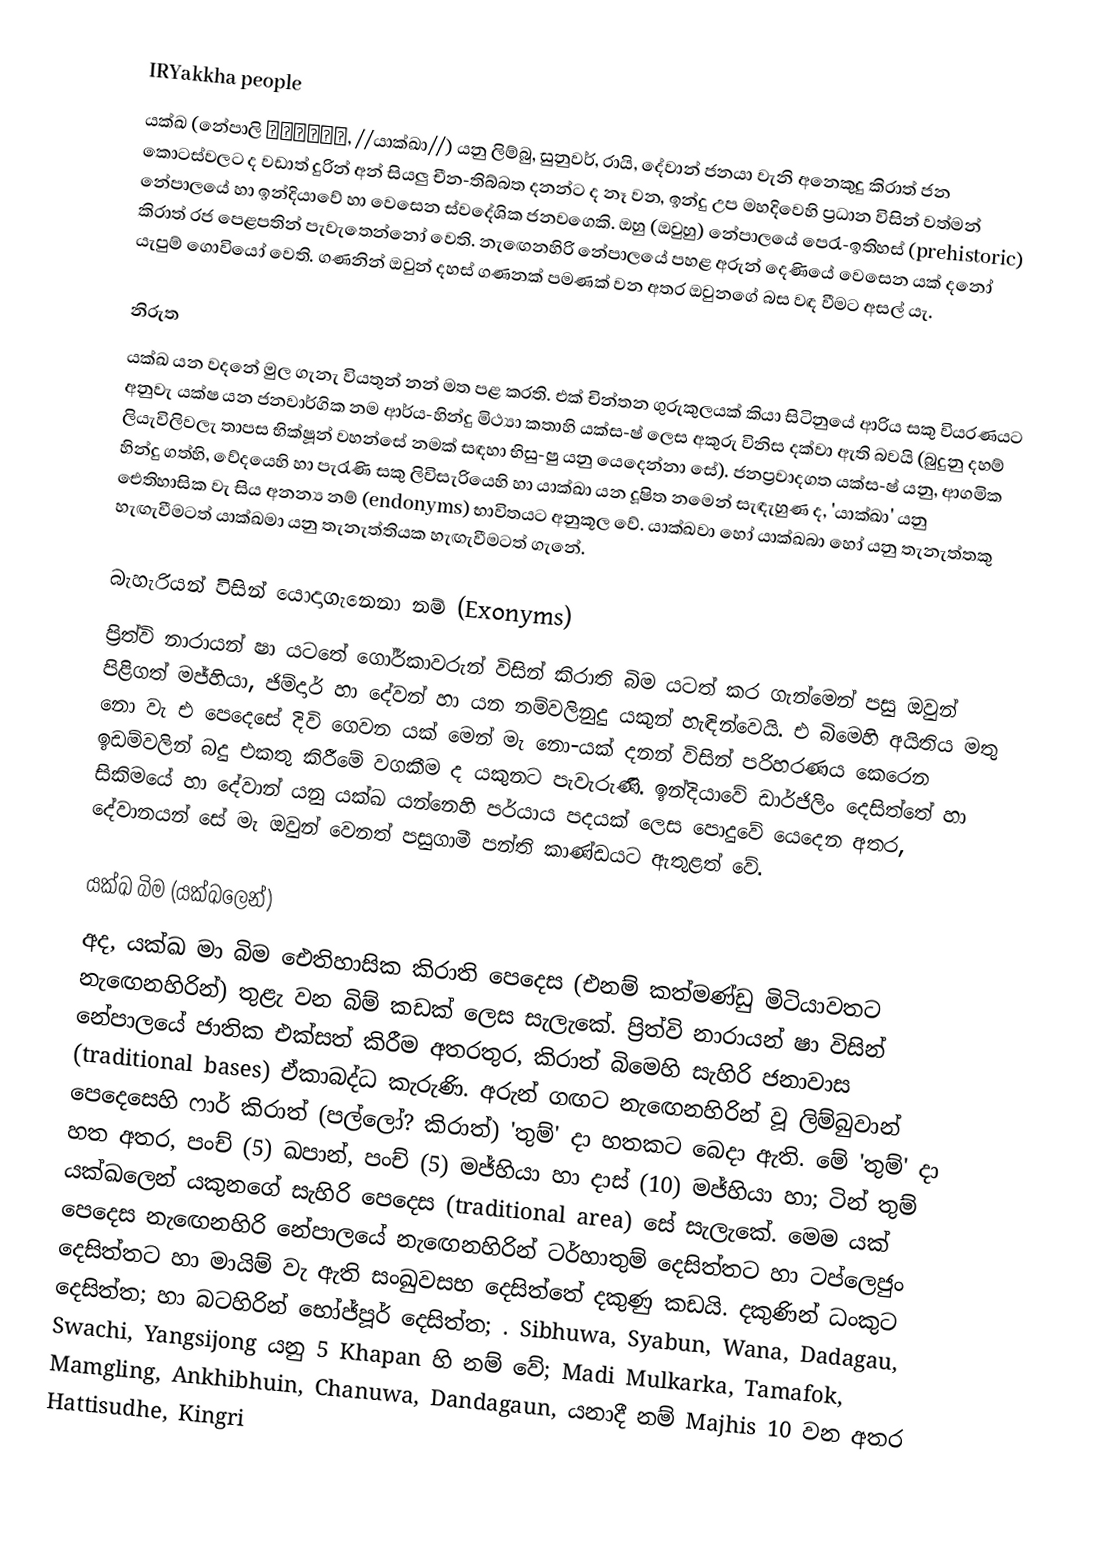
IRYakkha people
යක්ඛ (නේපාලි याक्खा, //යාක්ඛා//) යනු ලිම්බු, සුනුවර්, රායි, දේවාන් ජනයා වැනි අනෙකුදු කිරාත් ජන කොටස්වලට ද වඩාත් දුරින් අන් සියලු චීන-තිබ්බත දනන්ට ද නෑ වන, ඉන්දු උප මහදිවෙහි ප්‍රධාන විසින් වත්මන් නේපාලයේ හා ඉන්දියාවේ හා වෙසෙන ස්වදේශික ජනවගෙකි. ඔහු (ඔවුහු) නේපාලයේ පෙරැ-ඉතිහස් (prehistoric) කිරාත් රජ පෙළපතින් පැවැතෙන්නෝ වෙති. නැඟෙනහිරි නේපාලයේ පහළ අරුන් දෙණියේ වෙසෙන යක් දනෝ යැපුම් ගොවියෝ වෙති. ගණනින් ඔවුන් දහස් ගණනක් පමණක් වන අතර ඔවුනගේ බස වඳ වීමට අසල් යැ.

නිරුත
යක්ඛ යන වදනේ මුල ගැනැ වියතුන් නන් මත පළ කරති. එක් චින්තන ගුරුකුලයක් කියා සිටිනුයේ ආරිය සකු වියරණයට අනුවැ යක්ෂ යන ජනවාර්ගික නම ආර්ය-හින්දු මිථ්‍යා කතාහි යක්ස-ෂ් ලෙස අකුරු විනිස දක්වා ඇති බවයි (බුදුනු දහම් ලියැවිලිවලැ තාපස භික්ෂූන් වහන්සේ නමක් සඳහා භිසු-ෂු යනු යෙදෙන්නා සේ). ජනප්‍රවාදගත යක්ස-ෂ්  යනු, ආගමික හින්දු ගත්හි, වේදයෙහි හා පැරැණි සකු ලිවිසැරියෙහි හා යාක්ඛා යන දූෂිත නමෙන් සැඳැහුණ ද, 'යාක්ඛා' යනු ඓතිහාසික වැ සිය අනන්‍ය නම් (endonyms) භාවිතයට අනුකූල වේ. යාක්ඛවා හෝ යාක්ඛබා හෝ යනු තැනැත්තකු හැඟැවීමටත් යාක්ඛමා යනු තැනැත්තියක හැඟැවීමටත් ගැනේ.

බැහැරියන් විසින් යොදාගැනෙනා නම් (Exonyms)
ප්‍රිත්වි නාරායන් ෂා යටතේ ගෝර්කාවරුන් විසින් කිරාති බිම යටත් කර ගැන්මෙන් පසු ඔවුන් පිළිගත් මජ්හියා, ජිම්දාර් හා දේවන් හා යන නම්වලිනුදු යකුන් හැඳින්වෙයි. එ බිමෙහි අයිතිය මතු නො වැ එ පෙදෙසේ දිවි ගෙවන යක් මෙන් මැ නො-යක් දනන් විසින් පරිහරණය කෙරෙන ඉඩම්වලින් බදු එකතු කිරීමේ වගකීම ද යකුනට පැවැරුණි. ඉන්දියාවේ ඩාර්ජිලිං දෙසිත්තේ හා සිකිමයේ හා දේවාන් යනු යක්ඛ යන්නෙහි පර්යාය පදයක් ලෙස පොදුවේ යෙදෙන අතර, දේවානයන් සේ මැ ඔවුන් වෙනත් පසුගාමී පන්ති කාණ්ඩයට ඇතුළත් වේ.

යක්ඛ බිම (යක්ඛලෙන්)
අද, යක්ඛ මා බිම ඓතිහාසික කිරාති පෙදෙස (එනම් කත්මණ්ඩු මිටියාවතට නැඟෙනහිරින්) තුළැ වන බිම් කඩක් ලෙස සැලැකේ. ප්‍රිත්වි නාරායන් ෂා විසින් නේපාලයේ ජාතික එක්සත් කිරීම අතරතුර, කිරාත් බිමෙහි සැහිරි ජනාවාස (traditional bases) ඒකාබද්ධ කැරුණි. අරුන් ගඟට නැඟෙනහිරින් වූ ලිම්බුවාන් පෙදෙසෙහි ෆාර් කිරාත් (පල්ලෝ? කිරාත්) 'තුම්' දා හතකට බෙදා ඇති. මේ 'තුම්' දා හත අතර, පංච් (5) ඛපාන්, පංච් (5) මජ්හියා හා දාස් (10) මජ්හියා හා; ටින් තුම් යක්ඛලෙන් යකුනගේ සැහිරි පෙදෙස (traditional area) සේ සැලැකේ. මෙම යක් පෙදෙස නැඟෙනහිරි නේපාලයේ නැඟෙනහිරින් ටර්හාතුම් දෙසිත්තට හා ටප්ලෙජුං දෙසිත්තට හා මායිම් වැ ඇති සංඛුවසභ දෙසිත්තේ දකුණු කඩයි. දකුණින් ධංකුට දෙසිත්ත; හා බටහිරින් භෝජ්පූර් දෙසිත්ත; . Sibhuwa, Syabun, Wana, Dadagau, Swachi, Yangsijong යනු 5 Khapan හි නම් වේ; Madi Mulkarka, Tamafok, Mamgling, Ankhibhuin, Chanuwa, Dandagaun, යනාදී නම් Majhis 10 වන අතර Hattisudhe, Kingri